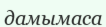
дамымаса